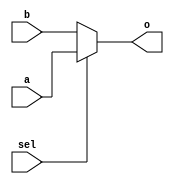

`timescale 1ns / 1ps

module mux2to1_32(
	a,
	b,
	o,
	sel
    );
	input wire [31:0] a,b;
	input wire sel;
	output wire [31:0] o;

	assign o = sel ? a : b ;
endmodule